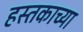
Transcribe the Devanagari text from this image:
हस्तकाच्या